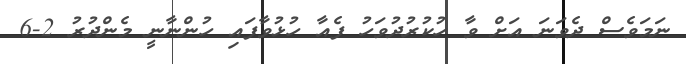
ނަމަވެސް ދެވަނަ އަށް ވާ ހުކުރުދުވަހު ފެއާ ހުޅުވާފައި ހުންނާނީ މެންދުރު 2-6